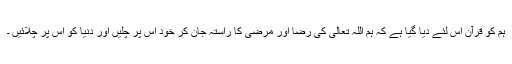
ہم کو قرآن اس لئے دیا گیا ہے کہ ہم اللہ تعالی کی رضا اور مرضی کا راستہ جان کر خود اس پر چلیں اور دنیا کو اس پر چلائیں ۔